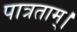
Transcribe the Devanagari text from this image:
पात्रताम्।